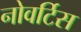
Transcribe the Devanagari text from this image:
नोवर्टिस